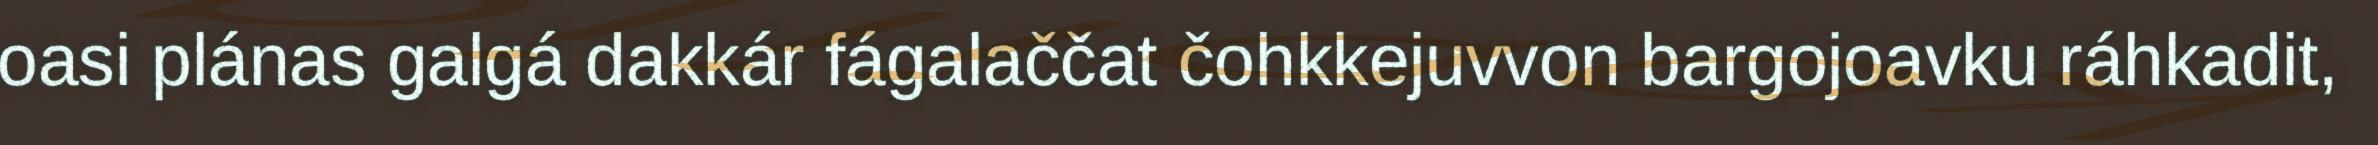
oasi plánas galgá dakkár fágalaččat čohkkejuvvon bargojoavku ráhkadit,